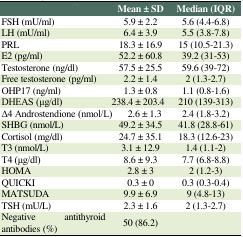
<table><thead><tr><td colspan="2">[EMPTY_CELL]</td><td colspan="2"><b>Mean ± SD</b></td><td><b>Median (IQR)</b></td></tr></thead><tbody><tr><td colspan="2">FSH (mU/ml)</td><td colspan="2">5.9 ± 2.2</td><td>5.6 (4.4-6.8)</td></tr><tr><td colspan="2">LH (mU/ml)</td><td colspan="2">6.4 ± 3.9</td><td>5.5 (3.8-7.8)</td></tr><tr><td colspan="2">PRL</td><td colspan="2">18.3 ± 16.9</td><td>15 (10.5-21.3)</td></tr><tr><td colspan="2">E2 (pg/ml)</td><td colspan="2">52.2 ± 60.8</td><td>39.2 (31-53)</td></tr><tr><td colspan="2">Testosterone (ng/dl)</td><td colspan="2">57.5 ± 25.5</td><td>59.6 (39-72)</td></tr><tr><td colspan="2">Free testosterone (pg/ml)</td><td colspan="2">2.2 ± 1.4</td><td>2 (1.3-2.7)</td></tr><tr><td colspan="2">OHP17 (ng/ml)</td><td colspan="2">1.3 ± 0.8</td><td>1.1 (0.8-1.6)</td></tr><tr><td>DHEAS (μg/dl)</td><td colspan="3">238.4 ± 203.4</td><td>210 (139-313)</td></tr><tr><td colspan="3">Δ4 Androstendione (nmol/L)</td><td>2.6 ± 1.3</td><td>2.4 (1.8-3.2)</td></tr><tr><td colspan="2">SHBG (nmol/L)</td><td colspan="2">49.2 ± 34.5</td><td>41.8 (28.8-61)</td></tr><tr><td colspan="2">Cortisol (mg/dl)</td><td colspan="2">24.7 ± 35.1</td><td>18.3 (12.6-23)</td></tr><tr><td colspan="2">T3 (nmol/L)</td><td colspan="2">3.1 ± 12.9</td><td>1.4 (1.1-2)</td></tr><tr><td colspan="2">T4 (μg/dl)</td><td colspan="2">8.6 ± 9.3</td><td>7.7 (6.8-8.8)</td></tr><tr><td colspan="2">HOMA</td><td colspan="2">2.8 ± 3</td><td>2 (1.2-3)</td></tr><tr><td colspan="2">QUICKI</td><td colspan="2">0.3 ± 0</td><td>0.3 (0.3-0.4)</td></tr><tr><td colspan="2">MATSUDA</td><td colspan="2">9.9 ± 6.9</td><td>9 (4.8-13)</td></tr><tr><td colspan="2">TSH (mU/L)</td><td colspan="2">2.3 ± 1.6</td><td>2 (1.3-2.7)</td></tr><tr><td colspan="2">Negative antithyroid antibodies (%)</td><td colspan="2">50 (86.2)</td><td>[EMPTY_CELL]</td></tr></tbody></table>